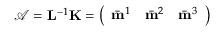
\mathcal { A } = \mathbf { L } ^ { - 1 } \mathbf { K } = \left( \begin{array} { c c c } { \bar { \mathbf { m } } ^ { 1 } } & { \bar { \mathbf { m } } ^ { 2 } } & { \bar { \mathbf { m } } ^ { 3 } } \end{array} \right)